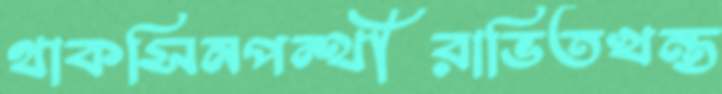
থাকসিনপন্থীরাভিতখন্ত